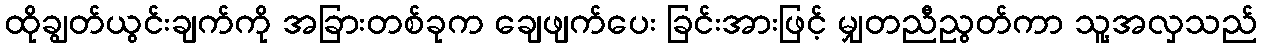
ထိုချွတ်ယွင်းချက်ကို အခြားတစ်ခုက ချေဖျက်ပေး ခြင်းအားဖြင့် မျှတညီညွတ်ကာ သူ့အလှသည်